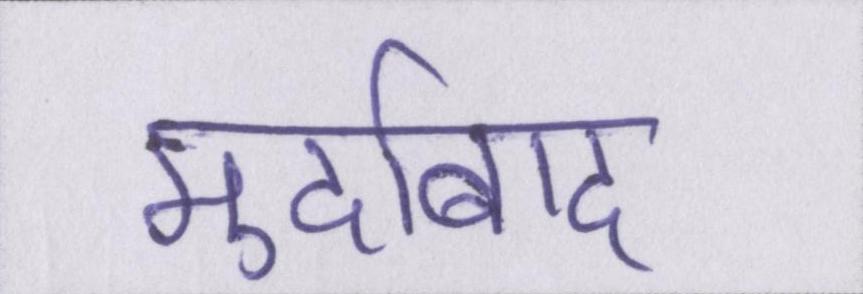
मुर्दाबाद